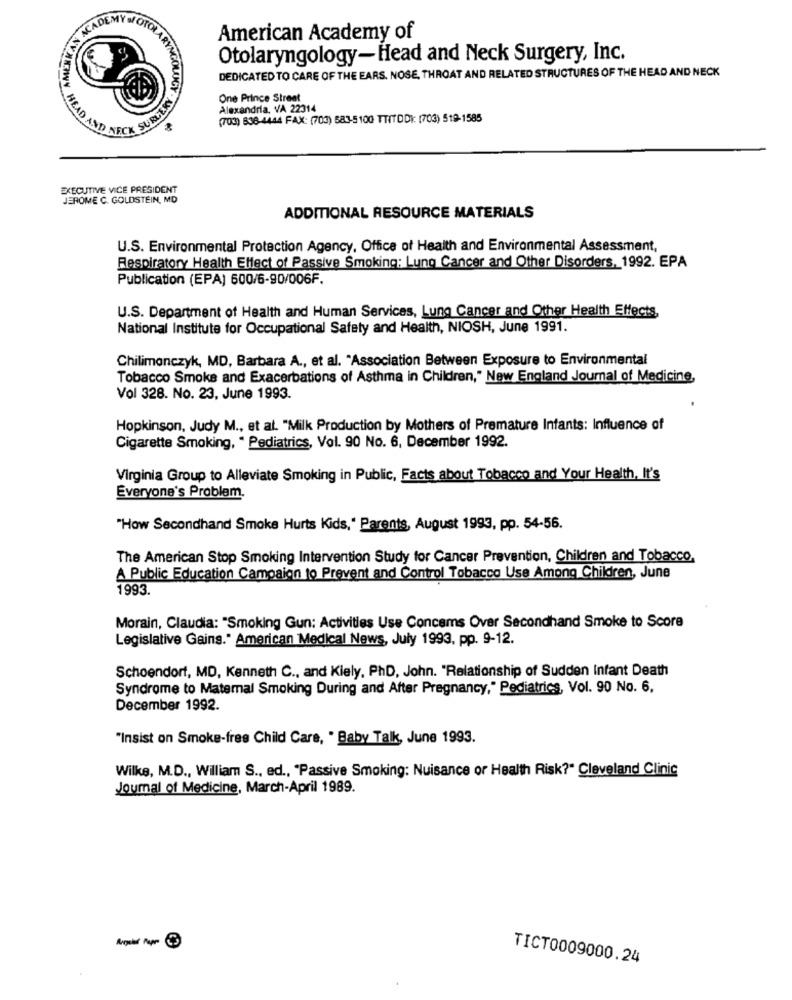
ACADEM
American Academy of
€9
Otolaryngology-Head and Neck Surgery, Inc.
LARYNGO
DEDICATED TO CARE OF THE EARS. NOSE, THROAT AND RELATED STRUCTURES OF THE HEAD AND NECK
One Prince Street
K SURLES
Alexandria, VA 22314
HEADA
(703) 838-4444 FAX: (703) 583-5100 TTITDDI: [703) 519-1585
EXECUTIVE VICE PRESIDENT
JEROME C. GOLDSTEIN, MD
ADDITIONAL RESOURCE MATERIALS
U.S. Environmental Protection Agency, Office of Health and Environmental Assessment,
Respiratory Health Effect of Passive Smoking: Lung Cancer and Other Disorders, 1992. EPA
Publication (EPA) 600/6-90/006F.
U.S. Department of Health and Human Services, Lung Cancer and Other Health Effects,
National Institute for Occupational Safety and Health, NIOSH, June 1991.
Chilimonczyk, MD, Barbara A ., et al. "Association Between Exposure to Environmental
Tobacco Smoke and Exacerbations of Asthma in Children," New England Journal of Medicine,
Vol 328. No. 23, June 1993.
Hopkinson, Judy M ., et al. "Milk Production by Mothers of Premature Infants: Influence of
Cigarette Smoking, " Pediatrics, Vol. 90 No. 6, December 1992.
Virginia Group to Alleviate Smoking in Public, Facts about Tobacco and Your Health, It's
Everyone's Problem.
"How Secondhand Smoke Hurts Kids," Parents, August 1993, pp. 54-56.
The American Stop Smoking Intervention Study for Cancer Prevention, Children and Tobacco,
A Public Education Campaign to Prevent and Control Tobacco Use Among Children, June
1993.
Morain, Claudia: "Smoking Gun: Activities Use Concams Over Secondhand Smoke to Score
Legislative Gains." American Medical News, July 1993, pp. 9-12.
Schoendort, MD, Kenneth C ., and Kiely, PhD, John. "Relationship of Sudden Infant Death
Syndrome to Maternal Smoking During and After Pregnancy," Pediatrics, Vol. 90 No. 6.
December 1992.
"Insist on Smoke-free Child Care, . Baby Talk, June 1993.
Wilke, M.D ., William S ., ed ., "Passive Smoking: Nuisance or Health Risk?" Cleveland Clinic
Journal of Medicine, March-April 1989.
TICT0009000.24